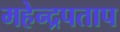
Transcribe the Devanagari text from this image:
महेन्द्रपताप